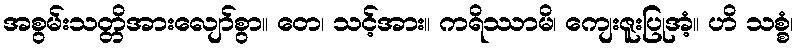
အစွမ်းသတ္တိအားလျော်စွာ။ တေ၊ သင့်အား။ ကရိဿာမိ၊ ကျေးဇူးပြုအံ့။ ဟိ သစ္စံ၊